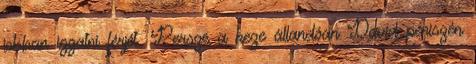
jobban izgatni férjét. Persze a keze állandóan David péniszén